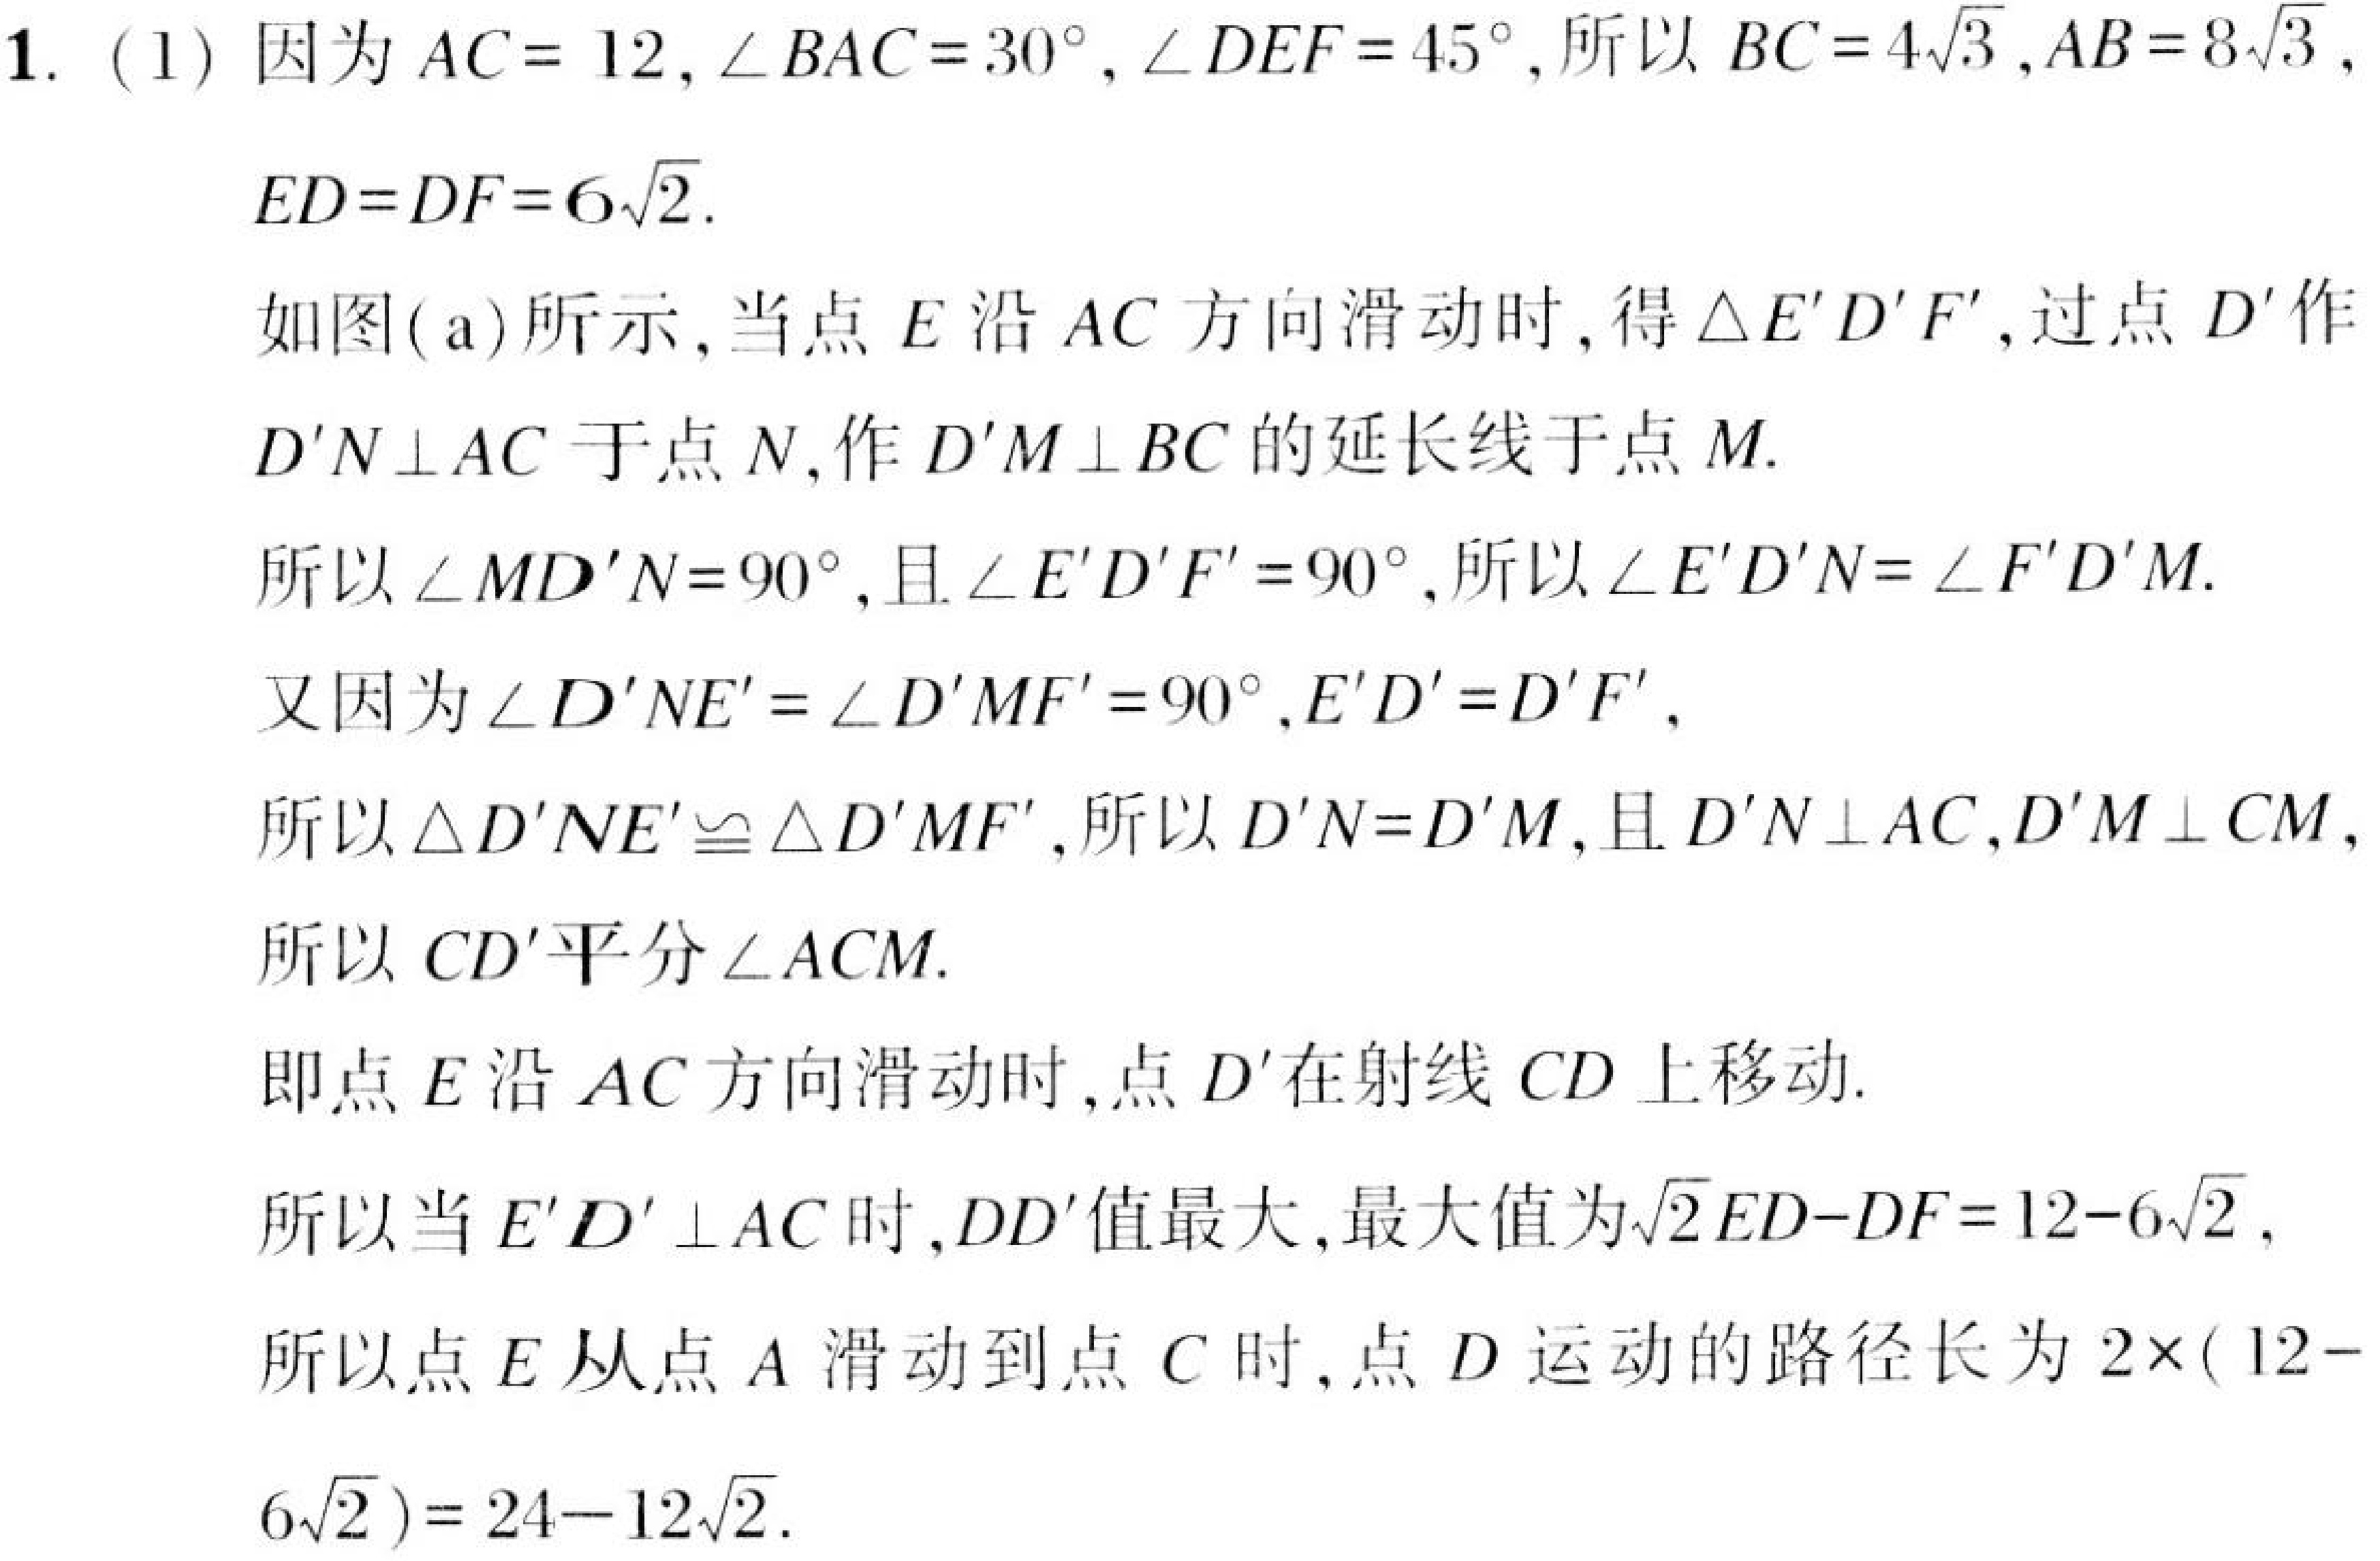
1. (1) 因为 \(AC = 12,\angle BAC = 30^{\circ},\angle DEF = 45^{\circ}\), 所以 \(BC = 4\sqrt{3},AB = 8\sqrt{3}\), \(ED=DF = 6\sqrt{2}\).
如图(a)所示, 当点 \(E\) 沿 \(AC\) 方向滑动时, 得 \(\triangle E'D'F'\), 过点 \(D'\) 作 \(D'N\perp AC\) 于点 \(N\), 作 \(D'M\perp BC\) 的延长线于点 \(M\).
所以 \(\angle MD'N = 90^{\circ}\), 且 \(\angle E'D'F' = 90^{\circ}\), 所以 \(\angle E'D'N=\angle F'D'M\).
又因为 \(\angle D'NE'=\angle D'MF' = 90^{\circ},E'D' = D'F'\),
所以 \(\triangle D'NE'\cong\triangle D'MF'\), 所以 \(D'N = D'M\), 且 \(D'N\perp AC,D'M\perp CM\),
所以 \(CD'\) 平分 \(\angle ACM\).
即点 \(E\) 沿 \(AC\) 方向滑动时, 点 \(D'\) 在射线 \(CD\) 上移动.
所以当 \(E'D'\perp AC\) 时, \(DD'\) 值最大, 最大值为 \(\sqrt{2}ED - DF=12 - 6\sqrt{2}\),
所以点 \(E\) 从点 \(A\) 滑动到点 \(C\) 时, 点 \(D\) 运动的路径长为 \(2\times(12 - 6\sqrt{2})=24 - 12\sqrt{2}\).